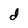
Character: d